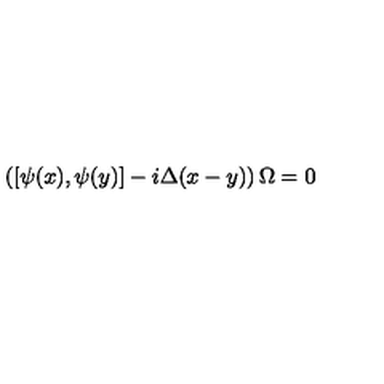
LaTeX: \left( \left[ \psi ( x ) , \psi ( y ) \right] - i \Delta ( x - y ) \right) \Omega = 0